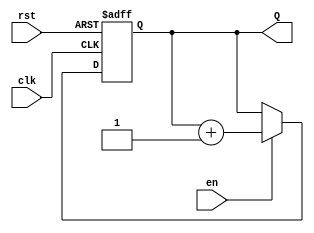
module binary_up_counter #(
    parameter N = 4  // Parameter for bit-width of the counter (default is 4 bits)
)(
    input wire clk,   // Clock input
    input wire rst,   // Asynchronous reset
    input wire en,    // Enable signal
    output reg [N-1:0] Q // n-bit counter output
);

// Always block for sequential logic
always @(posedge clk or posedge rst) begin
    if (rst) begin
        // Reset the counter to 0
        Q <= 0;
    end else if (en) begin
        // Increment the counter when enabled
        Q <= Q + 1;
    end
    // If enable is low, the counter retains its current value
end

endmodule